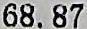
68.87